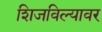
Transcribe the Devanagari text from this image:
शिजविल्यावर